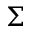
\boldsymbol { \Sigma }